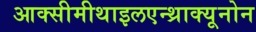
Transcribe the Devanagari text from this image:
आक्सीमीथाइलएन्थ्राक्यूनोन